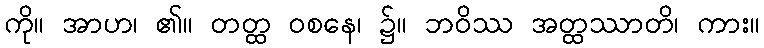
ကို။ အာဟ၊ ၏။ တတ္ထ ဝစနေ၊ ၌။ ဘဝိဿ အတ္ထဿာတိ၊ ကား။